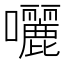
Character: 囇